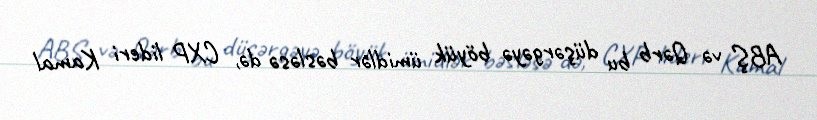
ABŞ və Qərb bu düşərgəyə böyük ümidlər bəsləsə də, CXP lideri Kamal